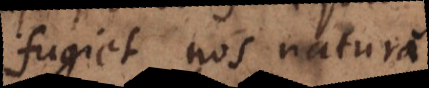
fugiet nos natura